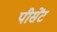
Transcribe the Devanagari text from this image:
पीसेंट